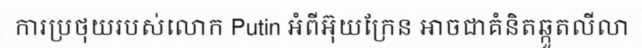
ការប្រថុយរបស់លោក Putin អំពីអ៊ុយក្រែន អាចជាគំនិតឆ្កួតលីលា